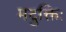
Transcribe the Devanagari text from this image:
मदुक्तिः